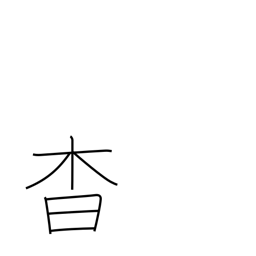
Meaning: darkness